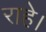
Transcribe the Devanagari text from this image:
राहे।